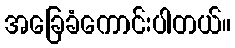
အခြေခံကောင်းပါတယ်။